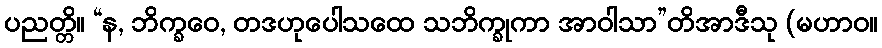
ပညတ္တိ။ “န, ဘိက္ခဝေ, တဒဟုပေါသထေ သဘိက္ခုကာ အာဝါသာ”တိအာဒီသု (မဟာဝ။